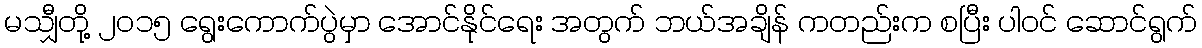
မသျှီတို့ ၂၀၁၅ ရွေးကောက်ပွဲမှာ အောင်နိုင်ရေး အတွက် ဘယ်အချိန် ကတည်းက စပြီး ပါဝင် ဆောင်ရွက်